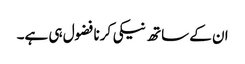
ان کے ساتھ نیکی کرنا فضول ہی ہے۔